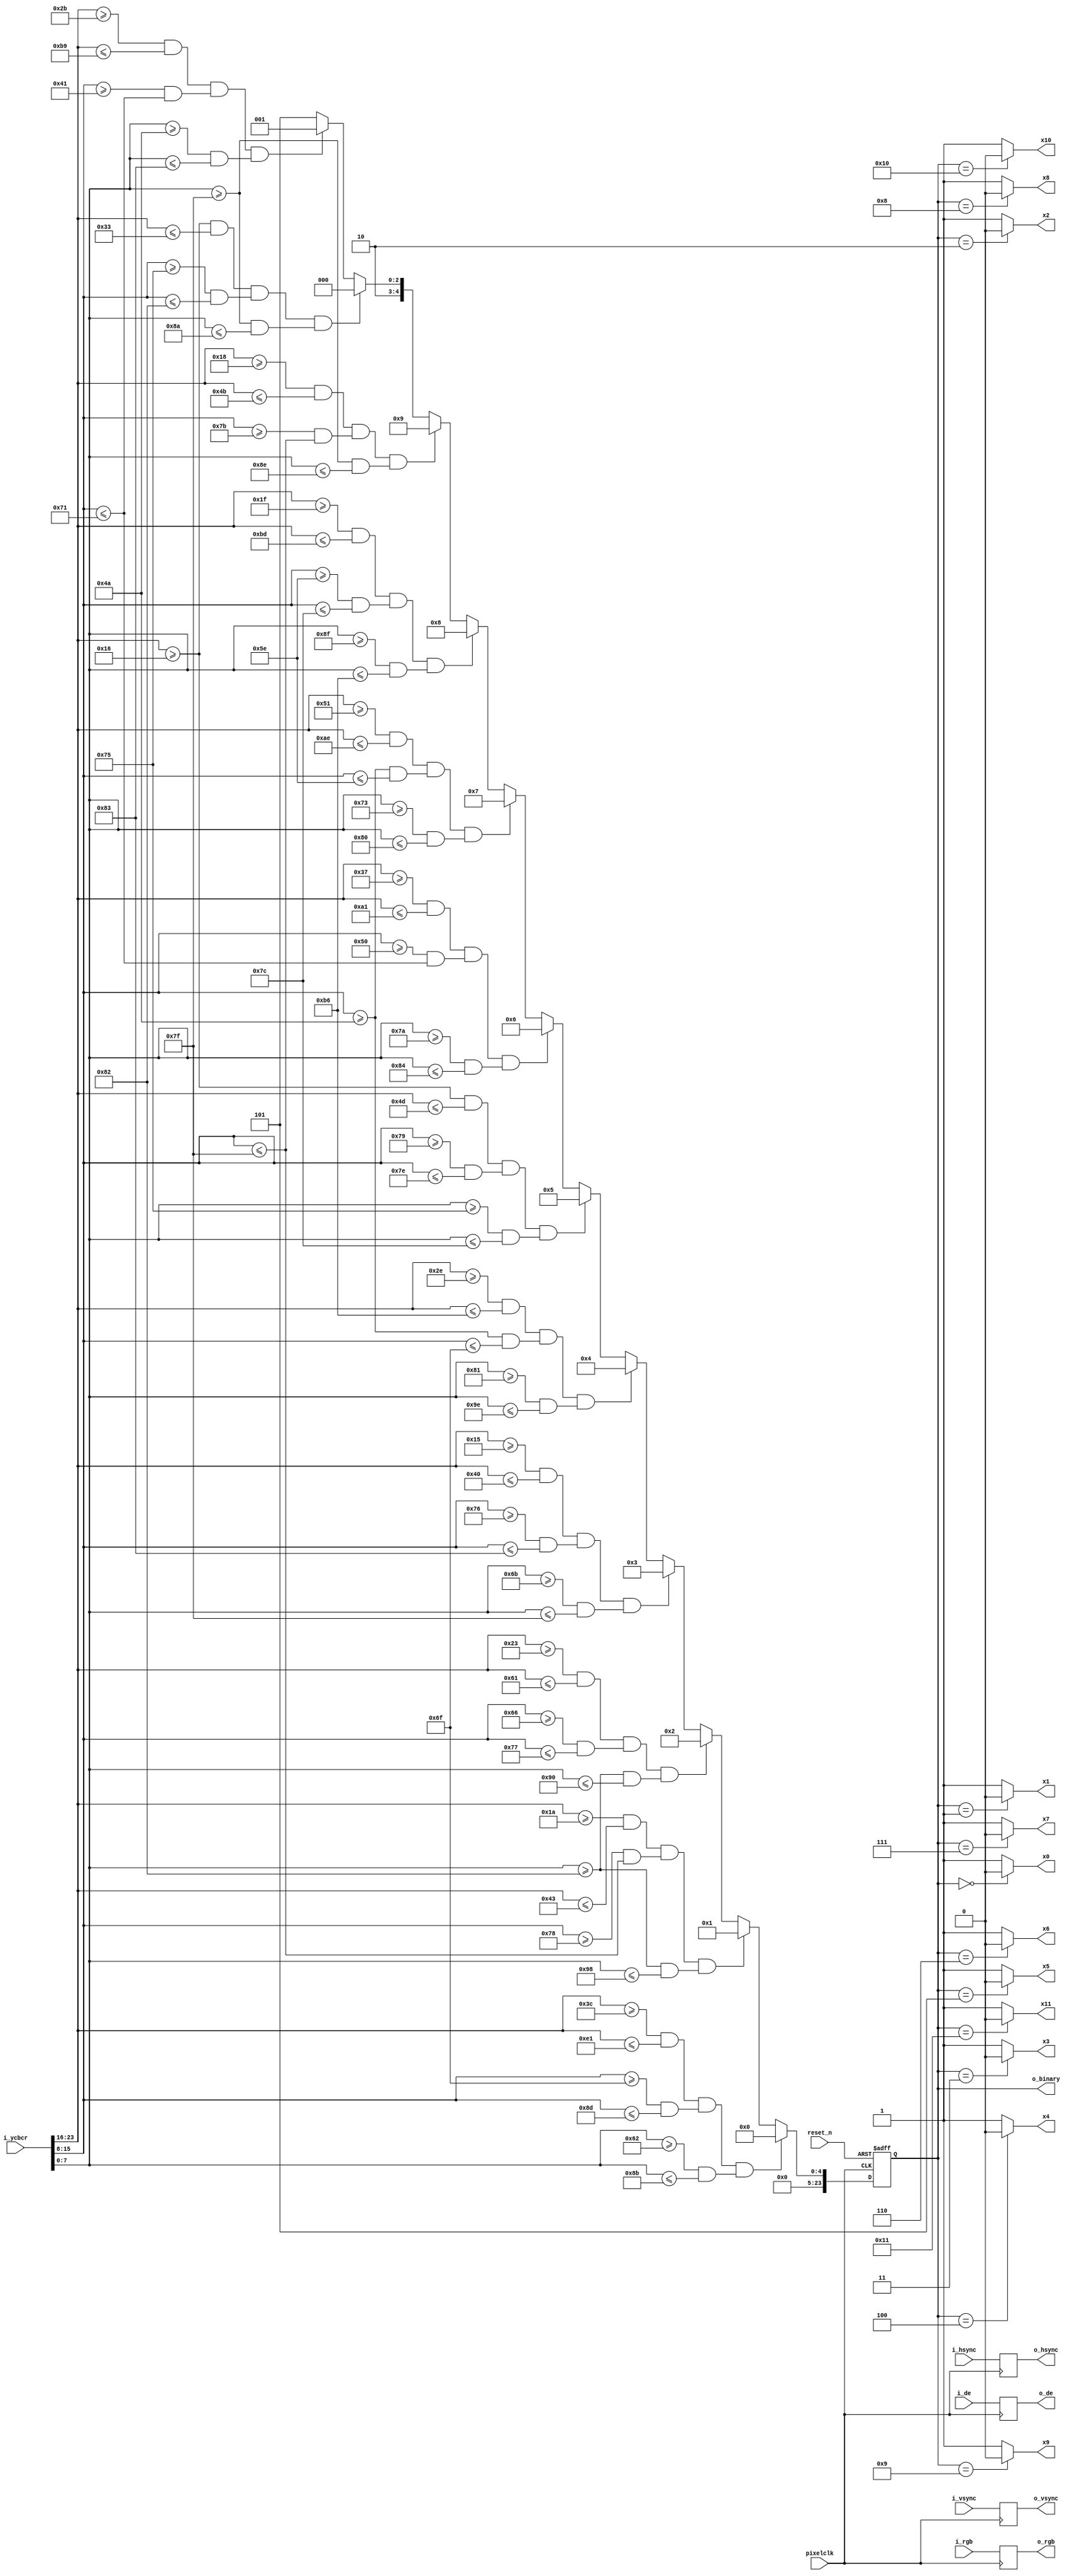

`timescale 1ns/1ps
module  threshold_binary#(

        parameter DW        = 24 ,
        parameter Y_TH      = 225,
        parameter Y_TL      = 60 ,
        parameter CB_TH     = 141,
        parameter CB_TL     = 111,
        parameter CR_TH     = 139,
        parameter CR_TL     = 98 ,


//        parameter Y_TH_A    = 46 ,
//        parameter Y_TL_A    = 28 ,
//        parameter CB_TH_A   =127 ,
//        parameter CB_TL_A   =121,
//        parameter CR_TH_A   = 146 ,
//        parameter CR_TL_A   = 132,//apple

        parameter Y_TH_A    = 67 ,
        parameter Y_TL_A    = 26 ,
        parameter CB_TH_A   =127 ,
        parameter CB_TL_A   =120,
        parameter CR_TH_A   = 152 ,
        parameter CR_TL_A   = 130,//apple

        parameter Y_TH_B      = 97 ,
        parameter Y_TL_B      = 35  ,
        parameter CB_TH_B     = 119 ,
        parameter CB_TL_B     = 102,
        parameter CR_TH_B     = 144 ,
        parameter CR_TL_B     = 130,  //banna


//        parameter Y_TH_M      = 76,
//        parameter Y_TL_M      = 25  ,
//        parameter CB_TH_M     = 126 ,
//        parameter CB_TL_M     = 112,
//        parameter CR_TH_M     = 149 ,
//        parameter CR_TL_M     = 111 , //red mango
   
        parameter Y_TH_RM     = 64 ,
        parameter Y_TL_RM     = 21  ,
        parameter CB_TH_RM    = 131 ,
        parameter CB_TL_RM    = 118,
        parameter CR_TH_RM    = 127 ,
        parameter CR_TL_RM    = 107 ,//Red mangosteen

//        parameter Y_TH_M_1      =118 ,
//        parameter Y_TL_M_1      =20 ,
//        parameter CB_TH_M_1     = 125 ,
//        parameter CB_TL_M_1     = 104,
//        parameter CR_TH_M_1     = 151 ,
//        parameter CR_TL_M_1     = 131 ,               
//                                       //yellow mango
//
        parameter Y_TH_M_1      =182 ,
        parameter Y_TL_M_1      =46 ,
        parameter CB_TH_M_1     = 111 ,
        parameter CB_TL_M_1     = 74,
        parameter CR_TH_M_1     = 158 ,
        parameter CR_TL_M_1     = 129 ,               
                                       //yellow mango

        parameter Y_TH_M_2      = 77 ,
        parameter Y_TL_M_2      = 22 ,
        parameter CB_TH_M_2     = 126 ,
        parameter CB_TL_M_2     = 121,
        parameter CR_TH_M_2     = 124 ,
        parameter CR_TL_M_2     = 117 , //green mango

        parameter Y_TH_P      = 161 ,
        parameter Y_TL_P      = 55  ,
        parameter CB_TH_P     =113 ,
        parameter CB_TL_P     =80,
        parameter CR_TH_P     = 132,
        parameter CR_TL_P     = 122,   //Pear

        parameter Y_TH_P_1     = 174 ,
        parameter Y_TL_P_1     = 81  ,
        parameter CB_TH_P_1    = 94 ,
        parameter CB_TL_P_1    = 74,
        parameter CR_TH_P_1    = 128,
        parameter CR_TL_P_1    = 115,  //Milky Pear

//        parameter Y_TL_G3    = 43,
//        parameter Y_TH_G3    = 185,
//        parameter CB_TL_G3   = 65,
//        parameter CB_TH_G3   = 113,
//        parameter CR_TL_G3   = 74,
//        parameter CR_TH_G3   = 131,//Green apple  green pear  green mango


        parameter Y_TH_O     = 189 ,
        parameter Y_TL_O     = 31  ,
        parameter CB_TH_O    = 124 ,
        parameter CB_TL_O    = 94,
        parameter CR_TH_O    = 182 ,
        parameter CR_TL_O    = 143 ,//orange
//        parameter Y_TH_O     = 123 ,
//        parameter Y_TL_O     = 32  ,
//        parameter CB_TH_O    = 124 ,
//        parameter CB_TL_O    = 95  ,
//        parameter CR_TH_O    = 184 ,
//        parameter CR_TL_O    = 144 , 
 
        parameter Y_TH_G     = 75 ,
        parameter Y_TL_G     = 24  ,
        parameter CB_TH_G    = 127 ,
        parameter CB_TL_G    = 123,
        parameter CR_TH_G    = 142 ,
        parameter CR_TL_G    = 127 , //grape

//        parameter Y_TH_K     = 104  ,
//        parameter Y_TL_K     = 33   ,
//        parameter CB_TH_K    = 120  ,
//        parameter CB_TL_K    = 106   ,
//        parameter CR_TH_K    = 135 ,
//        parameter CR_TL_K    = 124,    //KKK


        parameter Y_TL_K     = 22,
        parameter Y_TH_K     = 51,
        parameter CB_TL_K    = 117,
        parameter CB_TH_K    = 130,
        parameter CR_TL_K    = 127,
        parameter CR_TH_K    = 138,//Fig

//        parameter Y_TL_Ma     = 23,
//        parameter Y_TH_Ma     = 89,
//        parameter CB_TL_Ma    = 101,
//        parameter CB_TH_Ma    = 132,
//        parameter CR_TL_Ma    = 92,
//        parameter CR_TH_Ma    = 128,//Red mangosteen

        parameter Y_TL_A1    = 43,
        parameter Y_TH_A1    = 185,
        parameter CB_TL_A1   = 65,
        parameter CB_TH_A1   = 113,
        parameter CR_TL_A1   = 74,
        parameter CR_TH_A1   = 131    //Green apple  green pear  green mango
//        parameter Y_TH_A1      = 70 ,
//        parameter Y_TL_A1      = 32 ,
//        parameter CB_TH_A1     = 123 ,
//        parameter CB_TL_A1     = 108,
//        parameter CR_TH_A1     = 121 ,
//        parameter CR_TL_A1     = 108 //green apple  


)(
        input                            pixelclk   ,
        input                            reset_n    ,
        input [DW-1:0]                   i_ycbcr    ,
        input [DW-1:0]                   i_rgb      ,
        input                            i_hsync    ,
        input                            i_vsync    ,
        input                            i_de       ,
   
        
        output [DW-1:0]                  o_binary   ,
        output [DW-1:0]                  o_rgb      ,
        output                           o_hsync    ,
        output                           o_vsync    , 
        output                           x0         ,
        output                           x1         ,
        output                           x2         ,
        output                           x3         ,
        output                           x4         ,
        output                           x5         ,
        output                           x6         ,
        output                           x7         ,
        output                           x8         ,
        output                           x9         ,
        output                           x10        ,
        output                           x11        ,
  


        output                           o_de                                                                                                
);


reg  [DW-1:0]           binary_r      ;
reg  [DW-1:0]           i_rgb_r       ;
                                     
reg                     h_sync_r      ;
reg                     v_sync_r      ;
reg                     de_r          ;
wire                    en0           ;
wire                    en1           ;
wire                    en2           ;
wire                    en0_a         ;
wire                    en1_a         ;
wire                    en2_a         ;
wire                    en0_a1         ;
wire                    en1_a1         ;
wire                    en2_a1         ;
wire                    en0_b         ;
wire                    en1_b         ;
wire                    en2_b         ;
wire                    en0_m         ;
wire                    en1_m         ;
wire                    en2_m         ;
wire                    en0_m_1       ;
wire                    en1_m_1       ;
wire                    en2_m_1       ;
wire                    en0_m_2       ;
wire                    en1_m_2       ;
wire                    en2_m_2       ;
wire                    en0_p         ;
wire                    en1_p         ;
wire                    en2_p         ;
wire                    en0_p_1       ;
wire                    en1_p_1       ;
wire                    en2_p_1       ;
wire                    en0_o         ;
wire                    en1_o         ;
wire                    en2_o         ;
wire                    en0_g         ;
wire                    en1_g         ;
wire                    en2_g         ;
wire                    en0_k         ;
wire                    en1_k         ;
wire                    en2_k         ;



assign o_binary = binary_r; 
assign o_rgb    = i_rgb_r;
assign o_hsync  = h_sync_r;
assign o_vsync  = v_sync_r;
assign o_de     = de_r;

////////////////////// threshold//////////////////////////////////////
assign en0        =i_ycbcr[23:16] >=Y_TL  && i_ycbcr[23:16] <= Y_TH;
assign en1        =i_ycbcr[15: 8] >=CB_TL && i_ycbcr[15: 8] <= CB_TH;
assign en2        =i_ycbcr[ 7: 0] >=CR_TL && i_ycbcr[ 7: 0] <= CR_TH;
assign en0_a      =i_ycbcr[23:16] >=Y_TL_A  && i_ycbcr[23:16] <= Y_TH_A;
assign en1_a      =i_ycbcr[15: 8] >=CB_TL_A && i_ycbcr[15: 8] <= CB_TH_A;
assign en2_a      =i_ycbcr[ 7: 0] >=CR_TL_A && i_ycbcr[ 7: 0] <= CR_TH_A;
assign en0_a1      =i_ycbcr[23:16] >=Y_TL_A1  && i_ycbcr[23:16] <= Y_TH_A1;
assign en1_a1      =i_ycbcr[15: 8] >=CB_TL_A1 && i_ycbcr[15: 8] <= CB_TH_A1;
assign en2_a1      =i_ycbcr[ 7: 0] >=CR_TL_A1 && i_ycbcr[ 7: 0] <= CR_TH_A1;
assign en0_b      =i_ycbcr[23:16] >=Y_TL_B && i_ycbcr[23:16] <= Y_TH_B  ;
assign en1_b      =i_ycbcr[15: 8] >=CB_TL_B && i_ycbcr[15: 8] <= CB_TH_B;
assign en2_b      =i_ycbcr[ 7: 0] >=CR_TL_B && i_ycbcr[ 7: 0] <= CR_TH_B;
assign en0_rm      =i_ycbcr[23:16] >=Y_TL_RM && i_ycbcr[23:16] <= Y_TH_RM  ;
assign en1_rm      =i_ycbcr[15: 8] >=CB_TL_RM && i_ycbcr[15: 8] <= CB_TH_RM;
assign en2_rm      =i_ycbcr[ 7: 0] >=CR_TL_RM && i_ycbcr[ 7: 0] <= CR_TH_RM;
assign en0_m_1    =i_ycbcr[23:16] >=Y_TL_M_1 && i_ycbcr[23:16] <= Y_TH_M_1  ;
assign en1_m_1    =i_ycbcr[15: 8] >=CB_TL_M_1 && i_ycbcr[15: 8] <= CB_TH_M_1;
assign en2_m_1    =i_ycbcr[ 7: 0] >=CR_TL_M_1 && i_ycbcr[ 7: 0] <= CR_TH_M_1;
assign en0_m_2    =i_ycbcr[23:16] >=Y_TL_M_2 && i_ycbcr[23:16] <= Y_TH_M_2  ;
assign en1_m_2    =i_ycbcr[15: 8] >=CB_TL_M_2 && i_ycbcr[15: 8] <= CB_TH_M_2;
assign en2_m_2    =i_ycbcr[ 7: 0] >=CR_TL_M_2 && i_ycbcr[ 7: 0] <= CR_TH_M_2;
assign en0_p      =i_ycbcr[23:16] >=Y_TL_P && i_ycbcr[23:16] <= Y_TH_P  ;
assign en1_p      =i_ycbcr[15: 8] >=CB_TL_P && i_ycbcr[15: 8] <= CB_TH_P;
assign en2_p      =i_ycbcr[ 7: 0] >=CR_TL_P && i_ycbcr[ 7: 0] <= CR_TH_P;
assign en0_p_1    =i_ycbcr[23:16] >=Y_TL_P_1 && i_ycbcr[23:16] <= Y_TH_P_1  ;
assign en1_p_1    =i_ycbcr[15: 8] >=CB_TL_P_1 && i_ycbcr[15: 8] <= CB_TH_P_1;
assign en2_p_1    =i_ycbcr[ 7: 0] >=CR_TL_P_1 && i_ycbcr[ 7: 0] <= CR_TH_P_1;
assign en0_o      =i_ycbcr[23:16] >=Y_TL_O && i_ycbcr[23:16] <= Y_TH_O  ;
assign en1_o      =i_ycbcr[15: 8] >=CB_TL_O && i_ycbcr[15: 8] <= CB_TH_O;
assign en2_o      =i_ycbcr[ 7: 0] >=CR_TL_O && i_ycbcr[ 7: 0] <= CR_TH_O;
assign en0_g      =i_ycbcr[23:16] >=Y_TL_G && i_ycbcr[23:16] <= Y_TH_G  ;
assign en1_g      =i_ycbcr[15: 8] >=CB_TL_G && i_ycbcr[15: 8] <= CB_TH_G;
assign en2_g      =i_ycbcr[ 7: 0] >=CR_TL_G && i_ycbcr[ 7: 0] <= CR_TH_G;
assign en0_k      =i_ycbcr[23:16] >=Y_TL_K && i_ycbcr[23:16] <= Y_TH_K  ;
assign en1_k      =i_ycbcr[15: 8] >=CB_TL_K && i_ycbcr[15: 8] <= CB_TH_K;
assign en2_k      =i_ycbcr[ 7: 0] >=CR_TL_K && i_ycbcr[ 7: 0] <= CR_TH_K;
/********************************************************************************************/

/***************************************timing***********************************************/

always @(posedge pixelclk)begin
    h_sync_r<= i_hsync;
    v_sync_r<= i_vsync;
    de_r    <= i_de;
    i_rgb_r <= i_rgb;
end 



/********************************************************************************************/

/***************************************Binarization threshold*******************************/
 

always @(posedge pixelclk or negedge reset_n) begin
    if(!reset_n)begin 

        binary_r <= 24'd15;


	   
    end 
    else begin 
        if(en0==1'b1 && en1 ==1'b1 && en2==1'b1) begin 

          binary_r <= 24'h0;


        end 
		else if(en0_a==1'b1 && en1_a ==1'b1 && en2_a==1'b1)begin 

           binary_r <= 24'h1;       
		 	


		end 		 	            
		else if(en0_b==1'b1 && en1_b ==1'b1 && en2_b==1'b1)begin 

            binary_r <= 24'h2;       
		 	


		end 		 	
		else if(en0_rm==1'b1 && en1_rm ==1'b1 && en2_rm==1'b1)begin         
		 	
              binary_r <= 24'h3;


		end
      else if(en0_m_1==1'b1 && en1_m_1 ==1'b1 && en2_m_1==1'b1)begin         
		 	
              binary_r <= 24'h4;


		end
     else if(en0_m_2==1'b1 && en1_m_2 ==1'b1 && en2_m_2==1'b1)begin         
	  	
           binary_r <= 24'h5;


	 end
     else if(en0_p==1'b1 && en1_p ==1'b1 && en2_p==1'b1)begin         
	  	
           binary_r <= 24'h6;

	 end    
     else if(en0_p_1==1'b1 && en1_p_1 ==1'b1 && en2_p_1==1'b1)begin         
	  	
           binary_r <= 24'h7;

	 end  
     else if(en0_o==1'b1 && en1_o ==1'b1 && en2_o==1'b1)begin         
	  	
           binary_r <= 24'h8;


	 end  
     else if(en0_g==1'b1 && en1_g ==1'b1 && en2_g==1'b1)begin         
	  	
           binary_r <= 24'h9;

	 end  
     else if(en0_k==1'b1 && en1_k ==1'b1 && en2_k==1'b1)begin         
	  	
           binary_r <= 24'h10;

	 end
		else if(en0_a1==1'b1 && en1_a1 ==1'b1 && en2_a1==1'b1)begin 

           binary_r <= 24'h11;       
		 	

		end 
  
        else begin 

             binary_r<=24'h15;

 
           
        end 
    end  
end 
assign x0= (binary_r == 24'h0  )?1'b0:1'b1;
assign x1= (binary_r == 24'h1  )?1'b0:1'b1;
assign x2= (binary_r == 24'h2  )?1'b0:1'b1;
assign x3= (binary_r == 24'h3  )?1'b0:1'b1;
assign x4= (binary_r == 24'h4  )?1'b0:1'b1;
assign x5= (binary_r == 24'h5  )?1'b0:1'b1;
assign x6= (binary_r == 24'h6  )?1'b0:1'b1;
assign x7= (binary_r == 24'h7  )?1'b0:1'b1;
assign x8= (binary_r == 24'h8  )?1'b0:1'b1;
assign x9= (binary_r == 24'h9  )?1'b0:1'b1;
assign x10=(binary_r == 24'h10 )?1'b0:1'b1;
assign x11=(binary_r == 24'h11 )?1'b0:1'b1;

endmodule